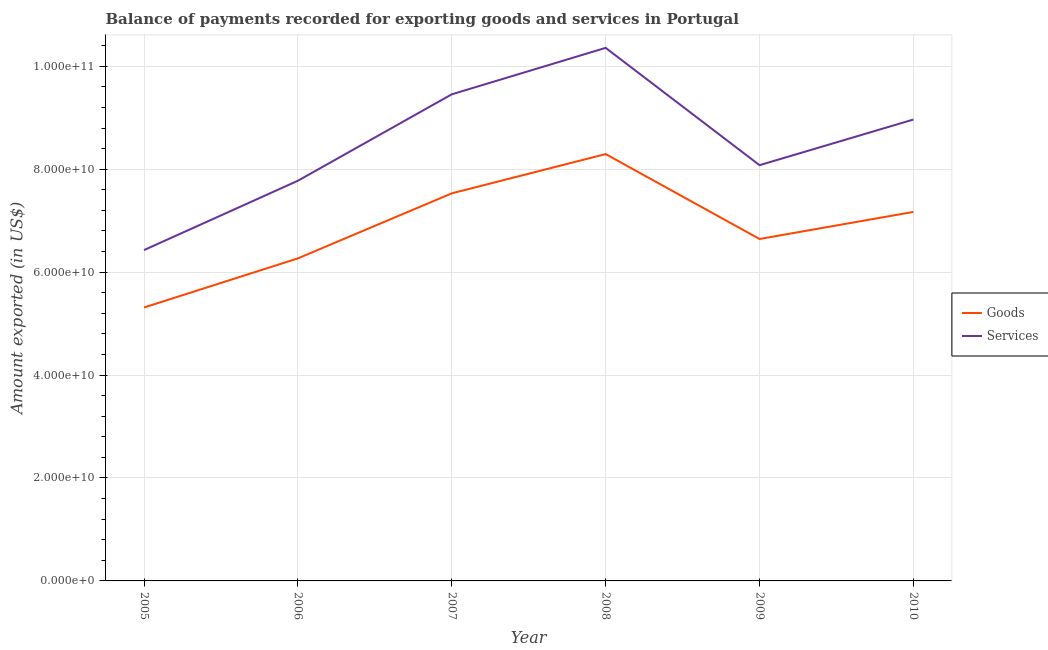
| Year | Goods | Services |
 | --- | --- | --- |
 | 2005 | 5.31e+10 | 6.43e+10 |
 | 2006 | 6.27e+10 | 7.78e+10 |
 | 2007 | 7.53e+10 | 9.45e+10 |
 | 2008 | 8.29e+10 | 1.04e+11 |
 | 2009 | 6.64e+10 | 8.08e+10 |
 | 2010 | 7.17e+10 | 8.96e+10 |